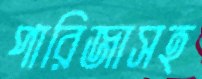
পারিজাসহ